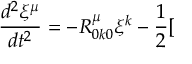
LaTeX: \frac { d ^ { 2 } \xi ^ { \mu } } { d t ^ { 2 } } = - R _ { 0 k 0 } ^ { \mu } \xi ^ { k } - \frac { 1 } { 2 } [